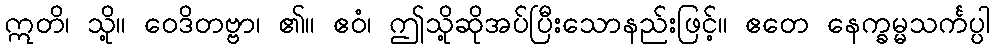
ဣတိ၊ သို့။ ဝေဒိတဗ္ဗာ၊ ၏။ ဧဝံ၊ ဤသို့ဆိုအပ်ပြီးသောနည်းဖြင့်။ ဧတေ နေက္ခမ္မသင်္ကပ္ပါ